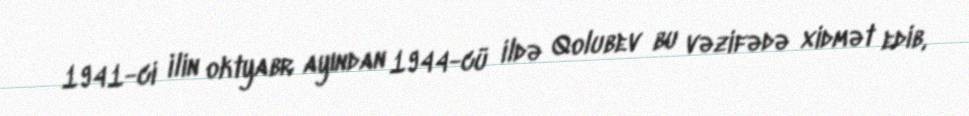
1941-ci ilin oktyabr ayından 1944-cü ildə Qolubev bu vəzifədə xidmət edib,